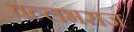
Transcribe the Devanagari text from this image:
वल्लभराज